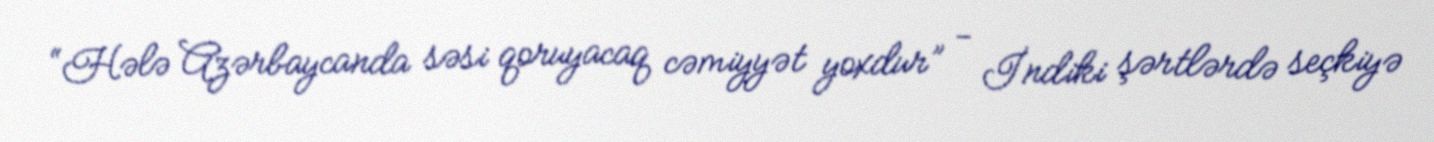
“Hələ Azərbaycanda səsi qoruyacaq cəmiyyət yoxdur” - İndiki şərtlərdə seçkiyə